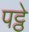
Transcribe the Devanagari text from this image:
पट्ठे